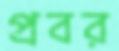
প্রবর